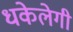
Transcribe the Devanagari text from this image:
धकेलेगी